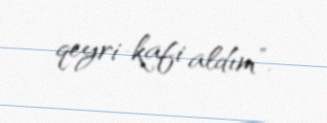
qeyri-kafi aldım”.